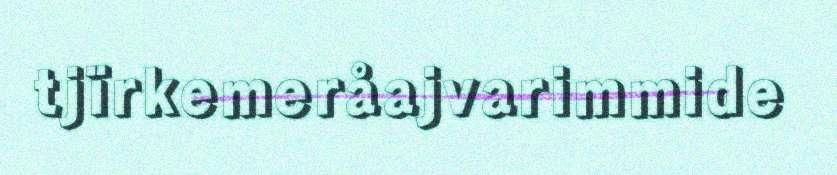
tjïrkemeråajvarimmide